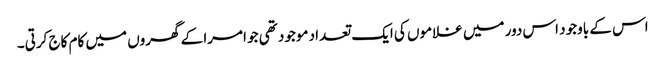
اس کے باوجود اس دور میں غلاموں کی ایک تعداد موجود تھی جو امرا کے گھروں میں کام کاج کرتی۔